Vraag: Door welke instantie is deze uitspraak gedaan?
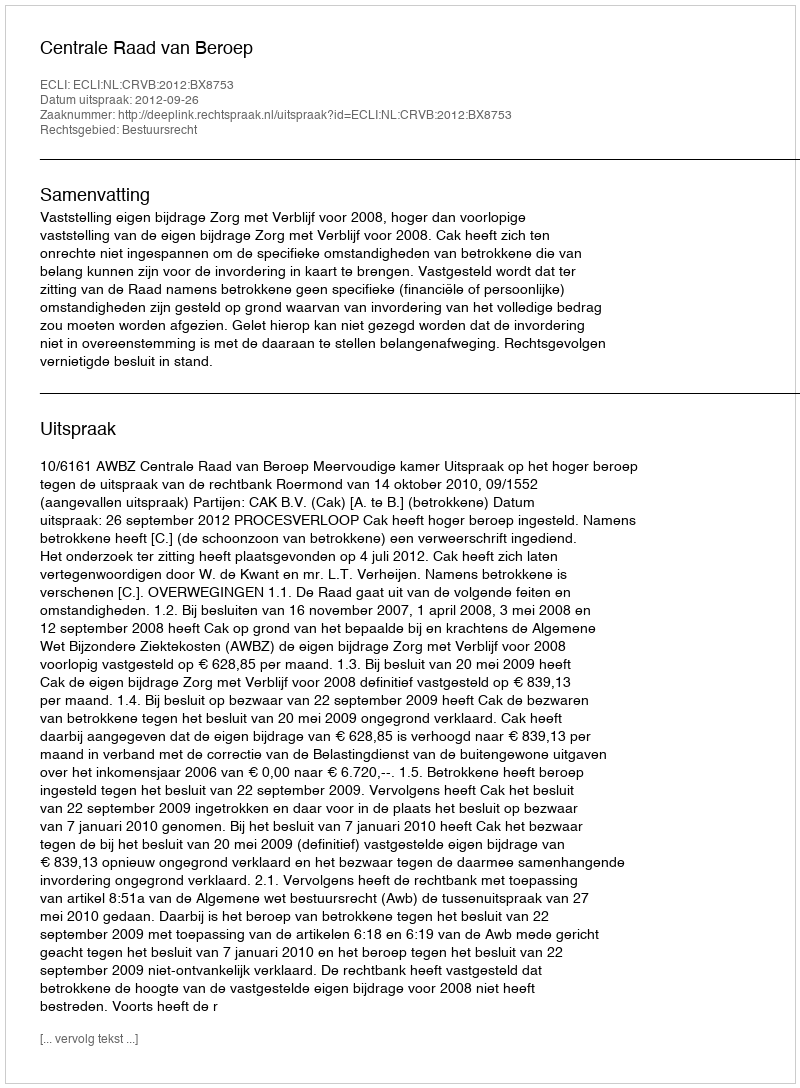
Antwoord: Centrale Raad van Beroep